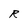
Character: R